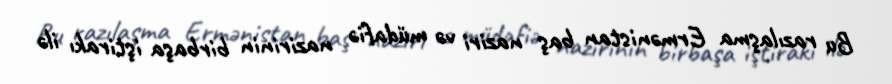
Bu razılaşma Ermənistan baş naziri və müdafiə nazirinin birbaşa iştirakı ilə